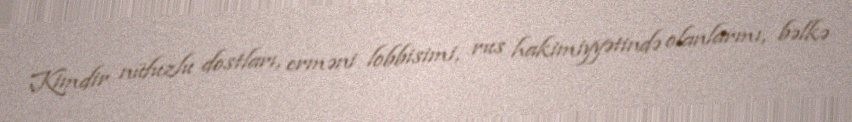
Kimdir nüfuzlu dostları, erməni lobbisimi, rus hakimiyyətində olanlarmı, bəlkə